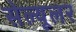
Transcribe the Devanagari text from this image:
सेल्‍यूलर